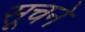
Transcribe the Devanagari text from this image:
सूचने